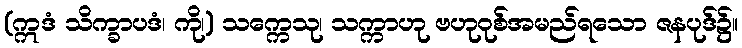
(ဣဒံ သိက္ခာပဒံ၊ ကို၊) သက္ကေသု၊ သက္ကာဟု ဗဟုဝုစ်အမည်ရသော ဇနပုဒ်၌။